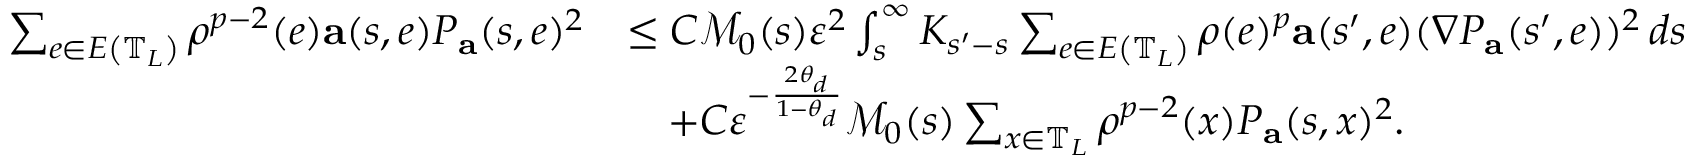
\begin{array} { r l } { \sum _ { e \in E \left( \mathbb { T } _ { L } \right) } \rho ^ { p - 2 } ( e ) \mathbf { a } ( s , e ) P _ { \mathbf { a } } ( s , e ) ^ { 2 } } & { \leq C \mathcal { M } _ { 0 } ( s ) \varepsilon ^ { 2 } \int _ { s } ^ { \infty } K _ { s ^ { \prime } - s } \sum _ { e \in E \left( \mathbb { T } _ { L } \right) } \rho ( e ) ^ { p } \mathbf { a } ( s ^ { \prime } , e ) ( \nabla P _ { \mathbf { a } } ( s ^ { \prime } , e ) ) ^ { 2 } \, d s } \\ & { \quad + C \varepsilon ^ { - \frac { 2 \theta _ { d } } { 1 - \theta _ { d } } } \mathcal { M } _ { 0 } ( s ) \sum _ { x \in \mathbb { T } _ { L } } \rho ^ { p - 2 } ( x ) P _ { \mathbf { a } } ( s , x ) ^ { 2 } . } \end{array}